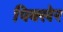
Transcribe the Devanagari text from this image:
पिक्लेर